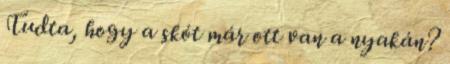
Tudta, hogy a skót már ott van a nyakán?